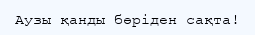
Аузы қанды бөріден сақта!